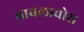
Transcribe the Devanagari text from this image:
बाबलावोस